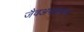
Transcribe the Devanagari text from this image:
जैवअपक्रमण